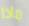
ماذا